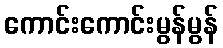
ကောင်းကောင်းမွန်မွန်